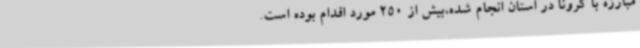
مبارزه با کرونا در استان انجام شده،بیش از 250 مورد اقدام بوده است.